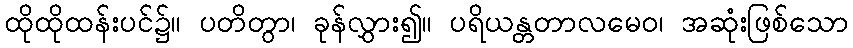
ထိုထိုထန်းပင်၌။ ပတိတွာ၊ ခုန်လွှား၍။ ပရိယန္တတာလမေဝ၊ အဆုံးဖြစ်သော